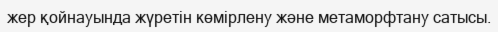
жер қойнауында жүретін көмірлену және метаморфтану сатысы.